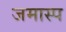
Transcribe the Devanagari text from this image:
जमास्प